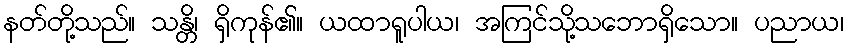
နတ်တို့သည်။ သန္တိ၊ ရှိကုန်၏။ ယထာရူပါယ၊ အကြင်သို့သဘောရှိသော။ ပညာယ၊